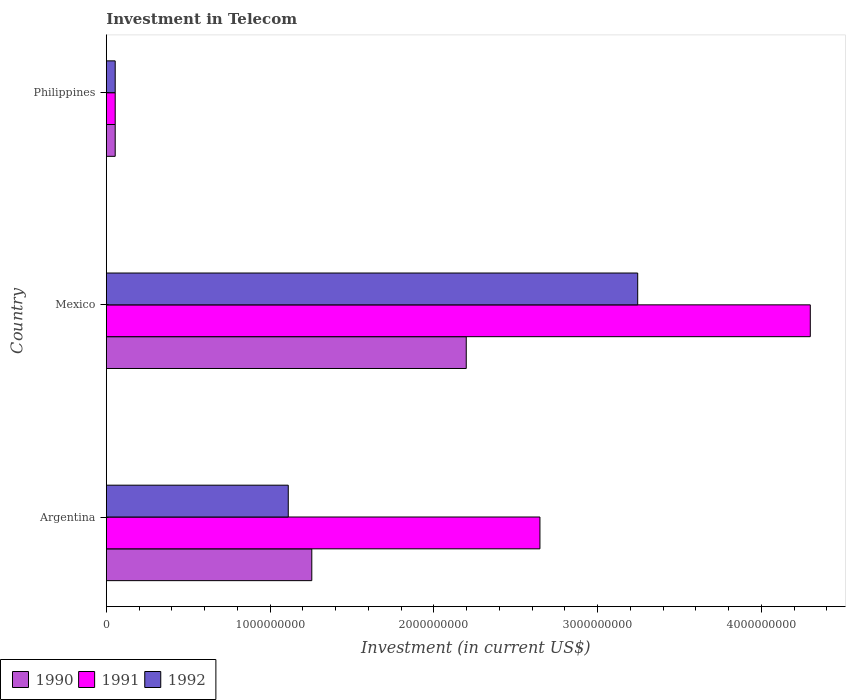
| Country | 1990 | 1991 | 1992 |
 | --- | --- | --- | --- |
 | Argentina | 1.25e+09 | 2.65e+09 | 1.11e+09 |
 | Mexico | 2.2e+09 | 4.3e+09 | 3.24e+09 |
 | Philippines | 5.42e+07 | 5.42e+07 | 5.42e+07 |